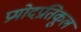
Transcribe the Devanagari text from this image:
प्रमोदप्रतिकूल